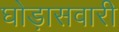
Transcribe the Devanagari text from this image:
घोड़ासवारी